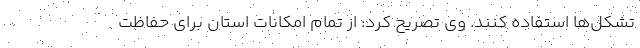
تشکل‌ها استفاده کنند. وی تصریح کرد: از تمام امکانات استان برای حفاظت